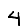
Digit: 4